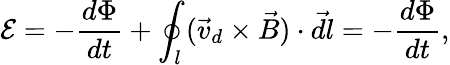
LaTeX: \mathcal E=-\frac{d\Phi}{dt}+\oint_{l}(\vec{v}_{d}\times\vec{B})\cdot\vec{d}l=-\frac{d\Phi}{dt},